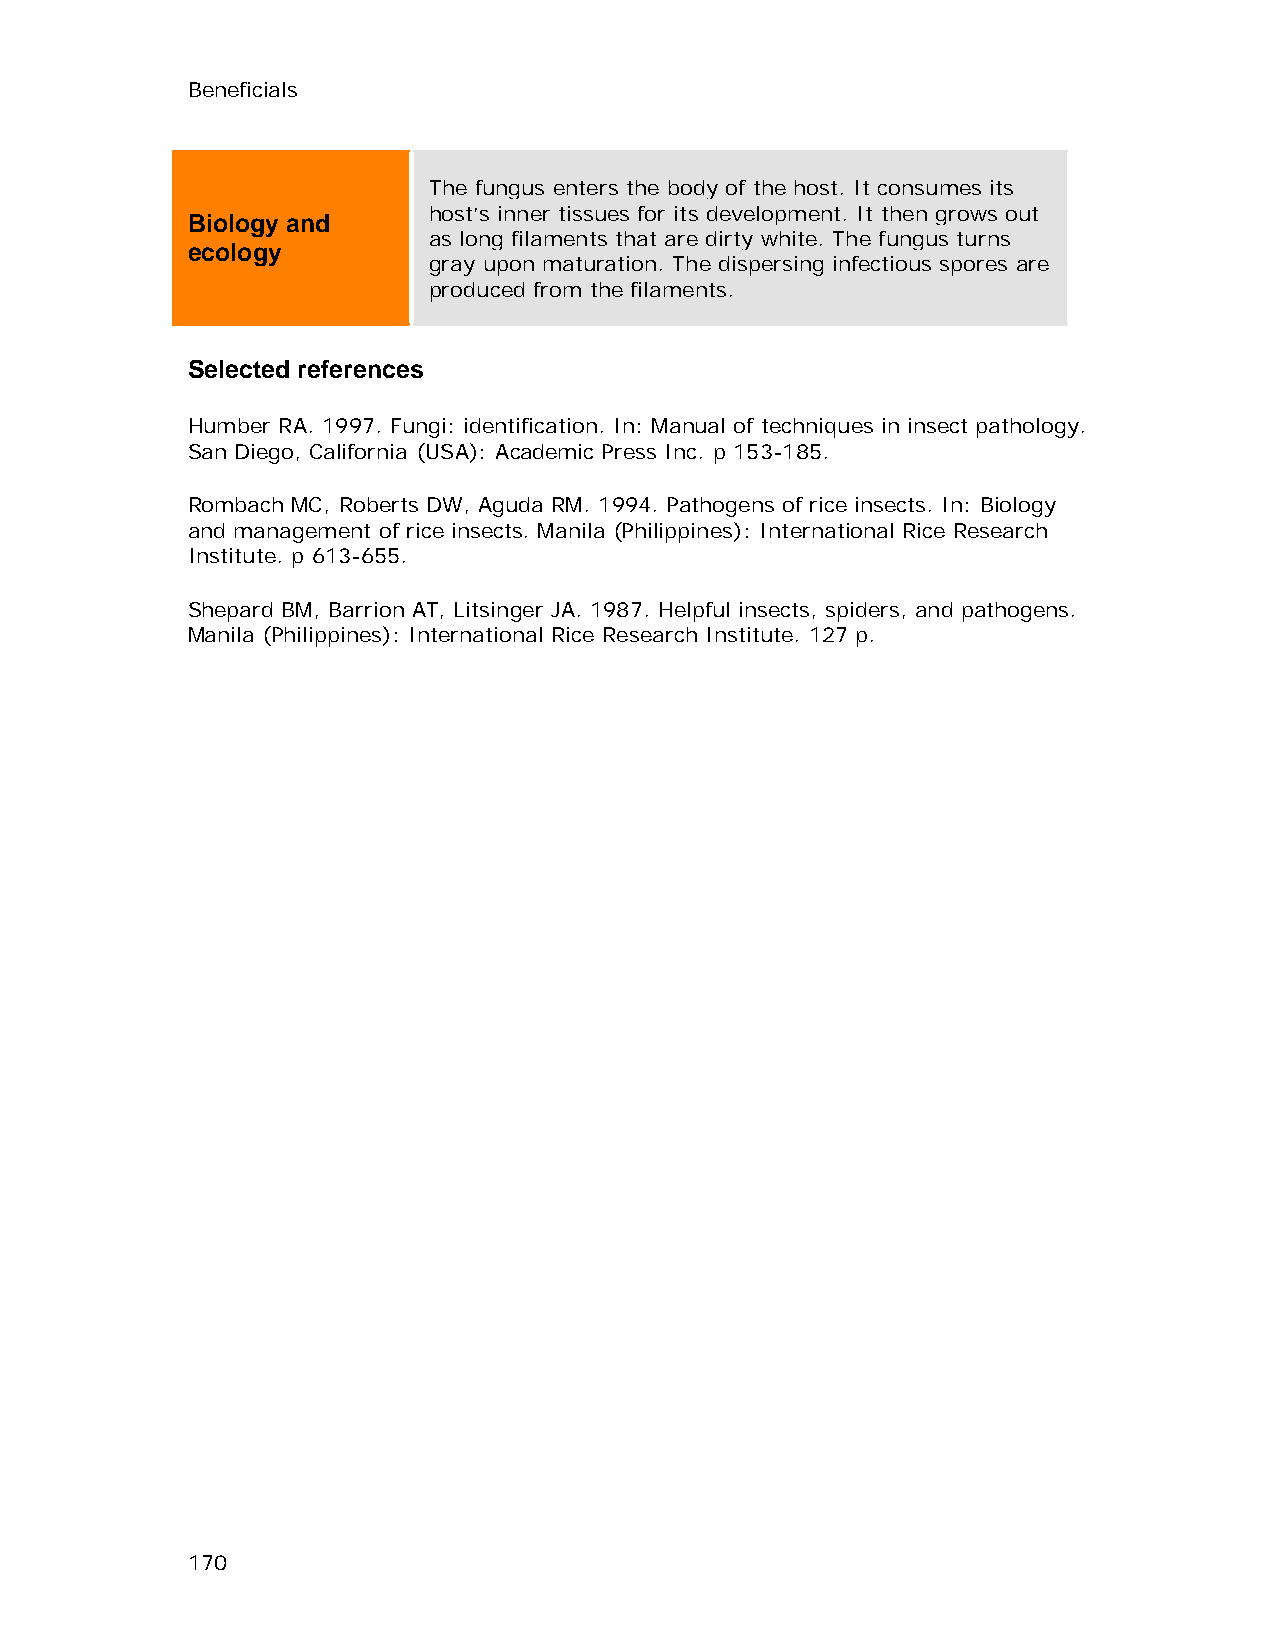
Beneficials
 The fungus enters the body of the host. It consumes its
 host’s inner tissues for its development. It then grows out
 Biology and
 as long filaments that are dirty white. The fungus turns
 ecology
 gray upon maturation. The dispersing infectious spores are
 produced from the filaments.
 Selected references
 Humber RA. 1997. Fungi: identification. In: Manual of techniques in insect pathology.
 San Diego, California (USA): Academic Press Inc. p 153-185.
 Rombach MC, Roberts DW, Aguda RM. 1994. Pathogens of rice insects. In: Biology
 and management of rice insects. Manila (Philippines): International Rice Research
 Institute. p 613-655.
 Shepard BM, Barrion AT, Litsinger JA. 1987. Helpful insects, spiders, and pathogens.
 Manila (Philippines): International Rice Research Institute. 127 p.
 170